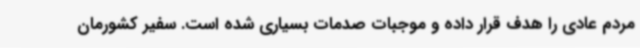
مردم عادی را هدف قرار داده و موجبات صدمات بسیاری شده است. سفیر کشورمان